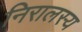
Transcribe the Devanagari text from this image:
निरालस्य